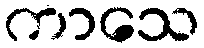
ကာသေ